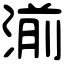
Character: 湔